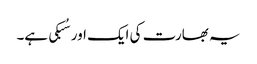
یہ بھارت کی ایک اور سُبکی ہے۔